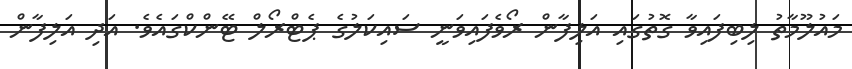
މައުލޫމާތު ލިބިފައިވާ ގޮތުގައި އަލިފާން ރޯވެފައިވަނީ ސައިކަލުގެ ޕެޓްރޯލް ޓޭންކްގައެވެ. އަދި އަލިފާން